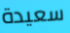
سعيدة